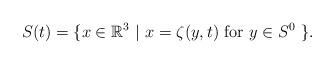
LaTeX: \begin{align*}S(t)=\{x\in \mathbb{R}^3~|~x=\zeta(y,t)\mbox{ for }y\in S^0~\}.\end{align*}